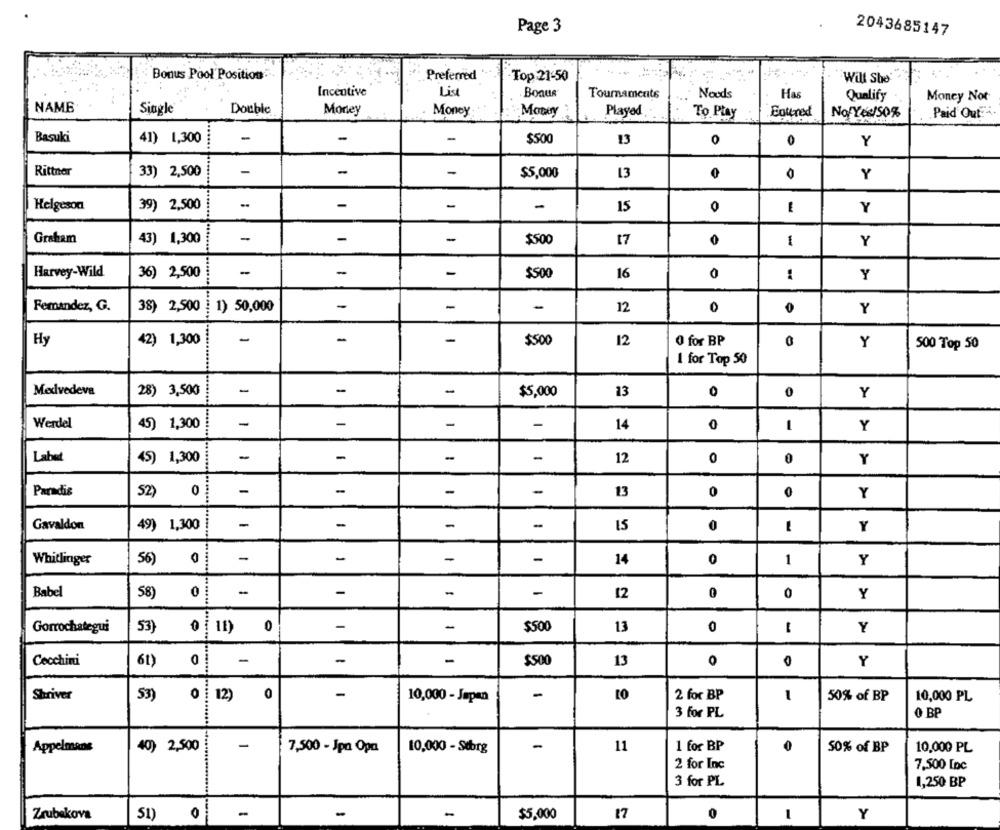
Page 3
2043685147
Bonus Pool' Position""
Preferred
Top :21-50
Will She'
Incentive
List
Bonus
Tournaments
Noods
Has
Qualify
Money Not
NAME
Single
Double
Money
Money
Money
Played
To Play
Entered
No Yes/50%
Paid Out-
Basuki
41) 1,300
-
-
-
$500
13
0
0
Y
Rittnar
33) 2,500
-
-
-
$5,000
13
0
Y
Helgeson
39) 2,500
-
-
-
15
0
-
Y
Graham
43) 1,300
-
-
-
$500
1
Y
Harvey-Wild
36) 2,500
-
-
-
$500
16
0
1
Y
-
-
-
Femandez, G.
38) 2,500
1) 50,000
12
0
Y
42) 1,300
-
-
-
$500
O for BP
Hy
12
0
Y
500 Top 50
I for Top 50
Medvedeva
-
-
-
28) 3,500
$5,000
13
0
0
Y
........
Werdel
-
-
-
-
45) 1,300
14
0
Y
Labut
-
-
-
-
45) 1,300
12
0
0
Y
-
-
-
Paradis
52) 0
-
13
0
0
Y
-
-
Gavaldon
49) 1,300
-
-
15
0
-
Y
Whitlinger
56)
-
-
-
14
0
1
Y
-
Babel
58)
0
-
-
-
12
0
0
Y
....... .......
Gorrochategui
53}
0 11) 0
-
-
$500
13
0
-
Y
Cecchini
61)
0
-
-
-
13
0
0
Y
Shriver
53)
0 12) 0
-
10,000 - Japan
-
2 for BP
-
50% of BP
10,000 PL
3 for PL
0 BP
Appelmans
40) 2,500
-
11
1 for BP
0
7,500 - Jpn Opa
10,000 - Stborg
50% of BP
10,000 PL
2 for Inc
7,500 Lnc
3 for PL
1,250 BP
Zrubekova
51)
-
-
$5.000
17
0
Y